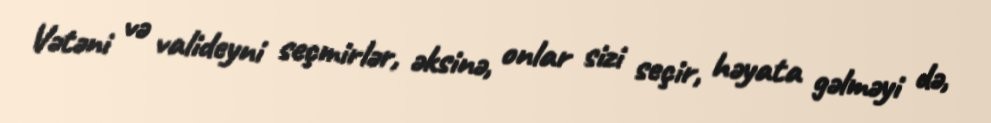
Vətəni və valideyni seçmirlər, əksinə, onlar sizi seçir, həyata gəlməyi də,